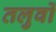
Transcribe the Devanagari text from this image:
तलुवों